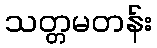
သတ္တမတန်း